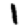
Digit: 1